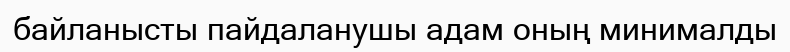
байланысты пайдаланушы адам оның минималды